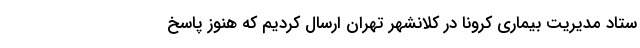
ستاد مدیریت بیماری کرونا در کلانشهر تهران ارسال کردیم که هنوز پاسخ